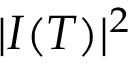
| I ( T ) | ^ { 2 }